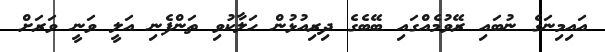
އައިމިނަގެ ނުބައި ރޭވުމެއްގައި ބޭބެގެ ދިރިއުޅުން ހަލާކުވި ތަންފެނި އަލީ ވަނީ ވަރަށް